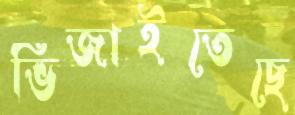
ভিজাইতেছে